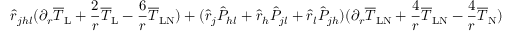
\hat { r } _ { j h l } ( \partial _ { r } \overline { { T } } _ { \mathrm { L } } + \frac { 2 } { r } \overline { { T } } _ { \mathrm { L } } - \frac { 6 } { r } \overline { { T } } _ { \mathrm { L N } } ) + ( \hat { r } _ { j } \hat { P } _ { h l } + \hat { r } _ { h } \hat { P } _ { j l } + \hat { r } _ { l } \hat { P } _ { j h } ) ( \partial _ { r } \overline { { T } } _ { \mathrm { L N } } + \frac { 4 } { r } \overline { { T } } _ { \mathrm { L N } } - \frac { 4 } { r } \overline { { T } } _ { \mathrm { N } } )